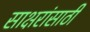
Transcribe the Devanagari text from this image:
साक्षरांसाठी